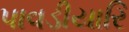
પાવડીયારિ